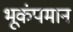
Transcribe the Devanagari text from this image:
भूकंपमान